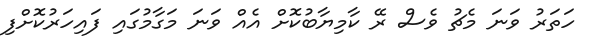
ހަތަރު ވަނަ މެޗު ވެސް ރޭ ކާމިޔާބުކޮށް އެއް ވަނަ މަގާމުގައި ފައިހަރުކޮށްފި